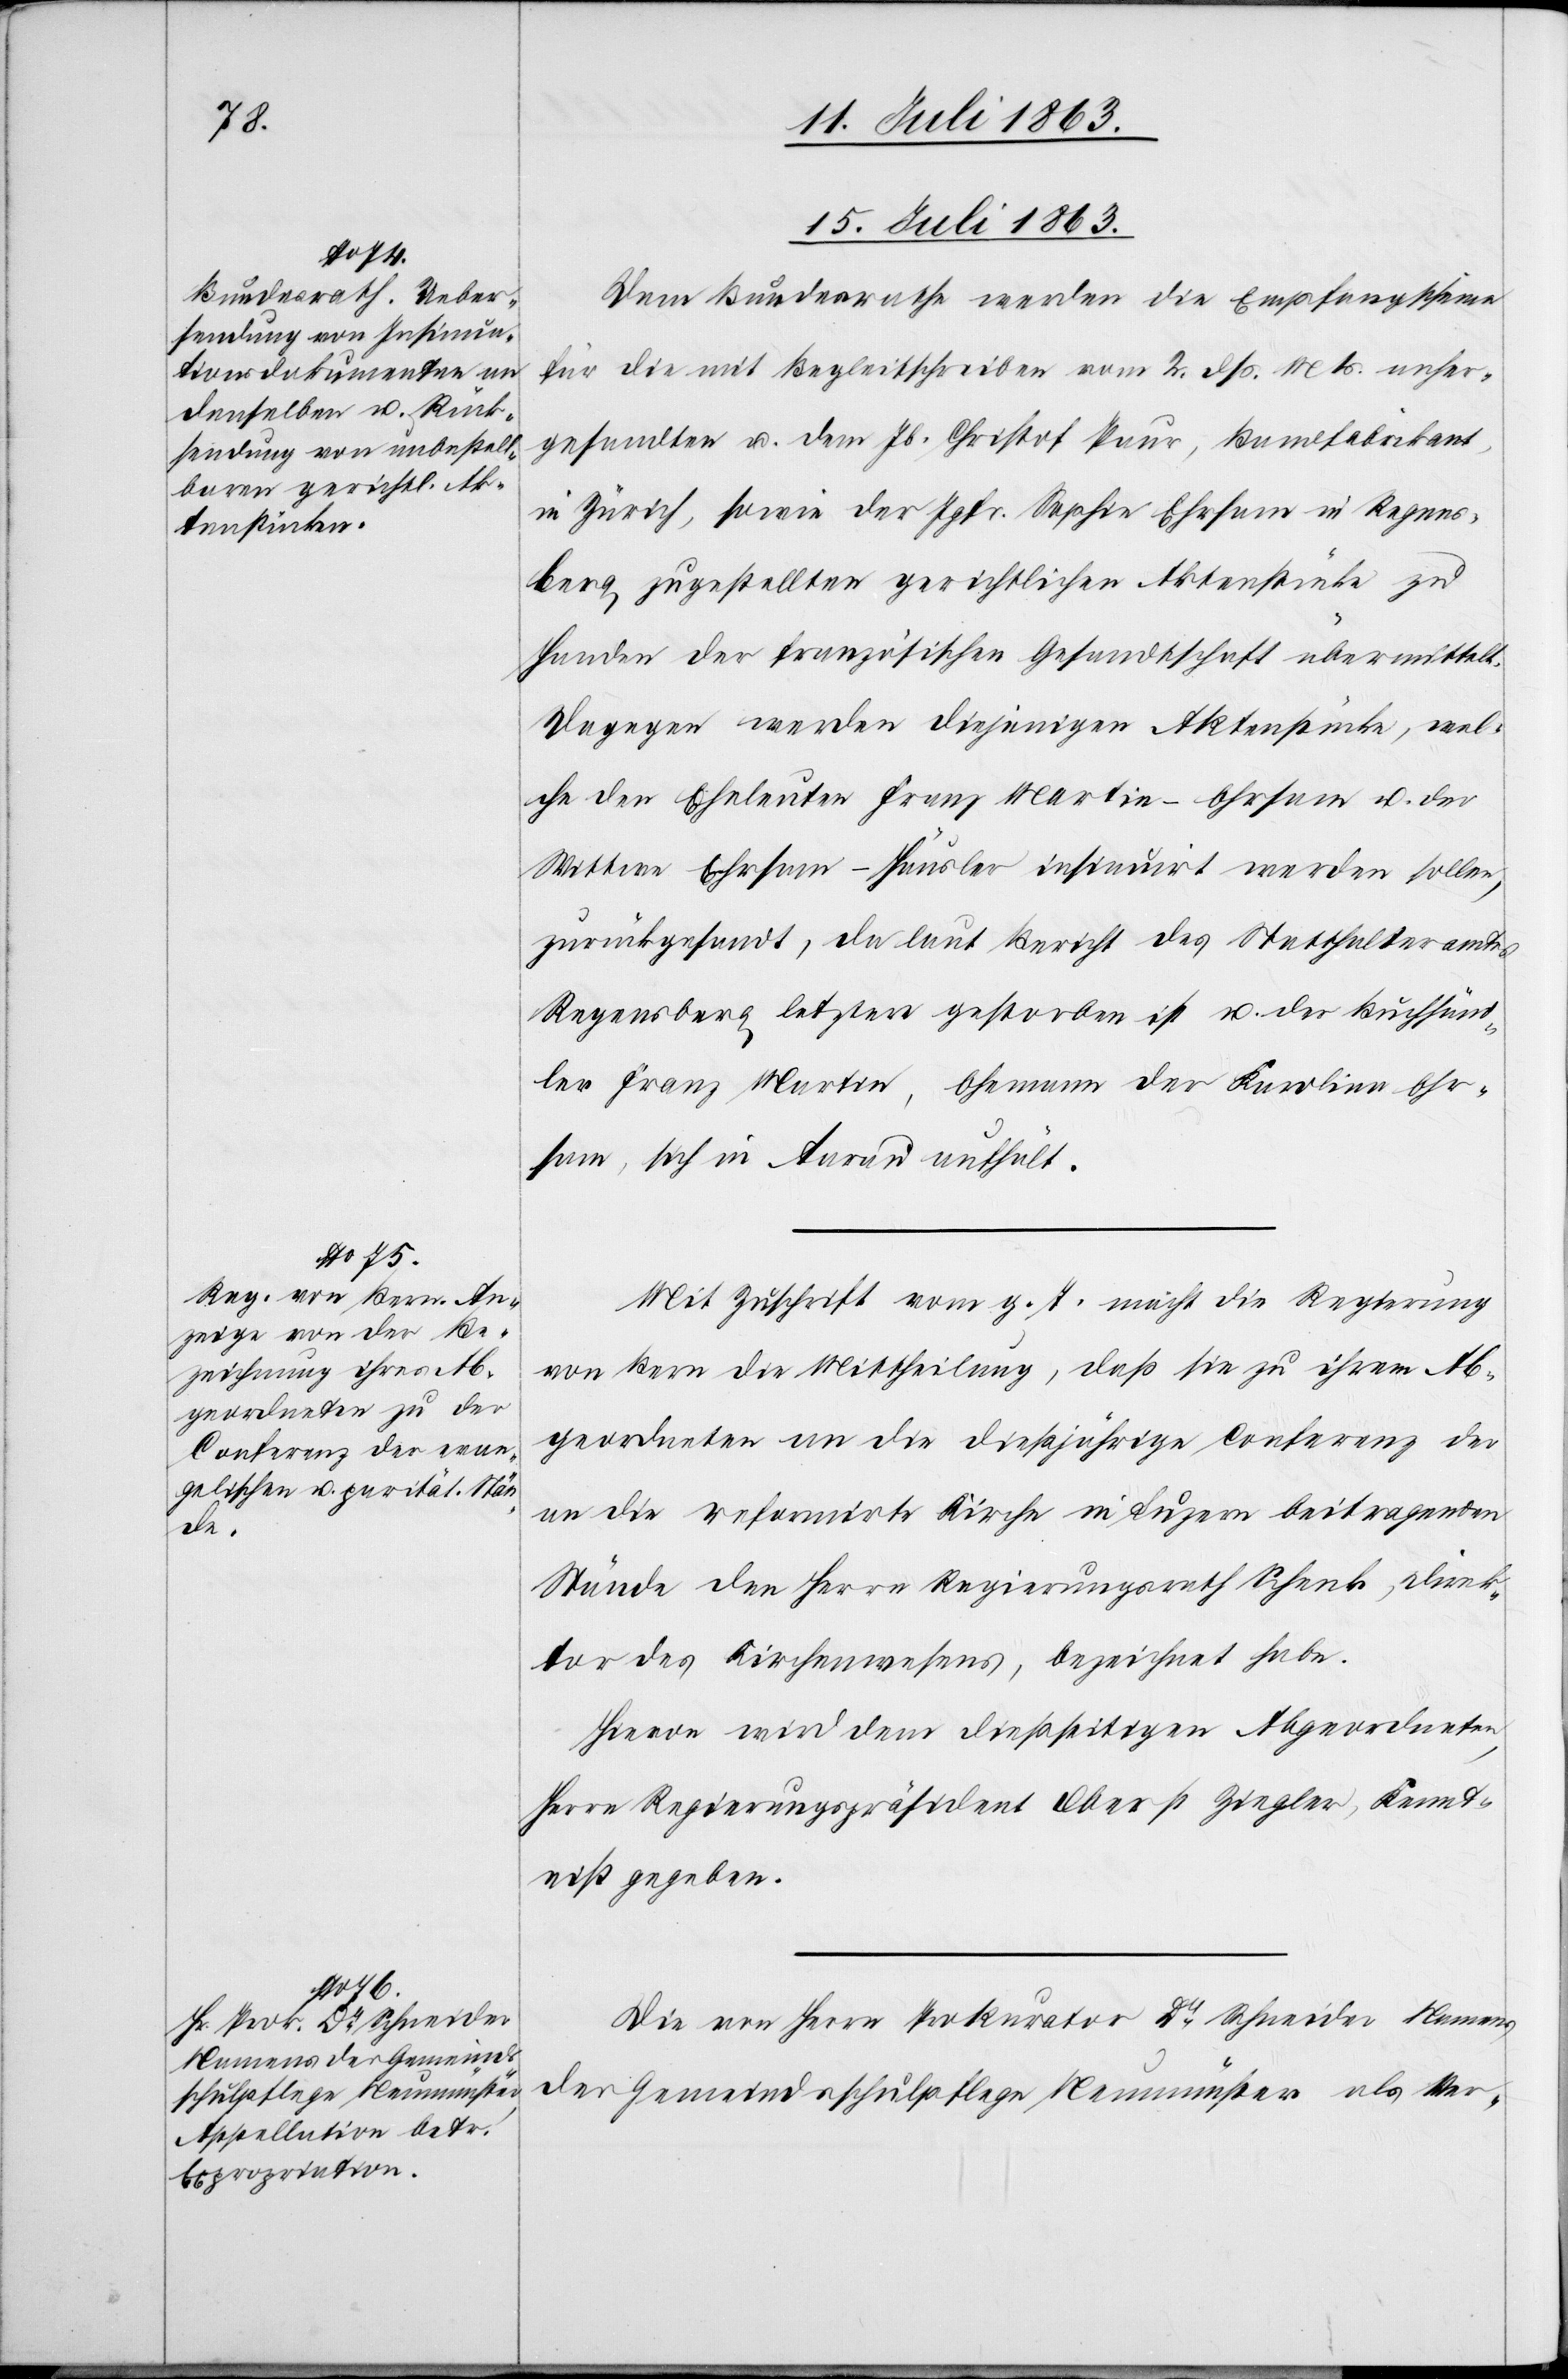
15. Juli 1863.]
Dem Bundesrathe werden die Empfangscheine
für die mit Begleitschreiben vom 2. dß. Mts. anher¬
gesandten u. dem Jb. Christof Paur, Bandfabrikant,
in Zürich, sowie der Jgfr. Sophie Ehrsam in Regens¬
berg zugestellten gerichtlichen Aktenstücke zu
Handen der französischen Gesandtschaft übermittelt.
Dagegen werden diejenigen Aktenstücke, wel¬
che den Eheleuten Franz Martin-Ehrsam u. der
Wittwe Ehrsam-Häusler insinuirt werden sollen,
zurückgesandt, da laut Bericht des Statthalteramtes
Regensberg letztere gestorben ist u. der Buchhän¬
dler Franz Martin, Ehemann der Karolina Ehr¬
sam, sich in Aarau aufhält.
Mit Zuschrift vom g. T. macht die Regierung
von Bern die Mittheilung, daß sich zu ihrem Ab¬
geordneten an die dießjährige Conferenz der
an die reformirte Kirche in Luzern beitragenden
Stände den Herrn Regierungsrath Schenk, Direk¬
tor des Kirchenwesens, bezeichnet habe.
Hievon wird dem dießseitigen Abgeordneten,
Herrn Regierungspräsident Oberst Ziegler, Kennt¬
niß gegeben.
Die von Herrn Prokurator Dr Schneider Namens
der Gemeindsschulpflege Neumünster als Ver-